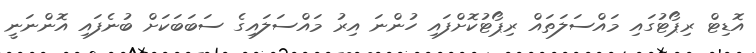
އޮޑިޓް ރިޕޯޓުގައި މައްސަލަތައް ރިޕޯޓުކޮށްފައި ހުންނަ އިރު މައްސަލައިގެ ސަބަބަކަށް ބުނެފައި އޮންނަނީ